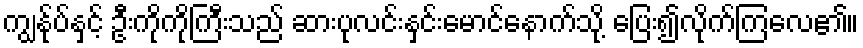
ကျွန်ုပ်နှင့် ဦးကိုကိုကြီးသည် ဆားပုလင်းနှင်းမောင်နောက်သို့ ပြေး၍လိုက်ကြလေ၏။